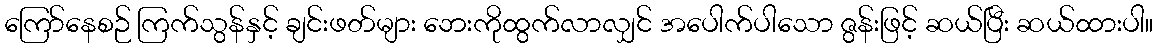
ကြော်နေစဉ် ကြက်သွန်နှင့် ချင်းဖတ်များ ဘေးကိုထွက်လာလျှင် အပေါက်ပါသော ဇွန်းဖြင့် ဆယ်ပြီး ဆယ်ထားပါ။